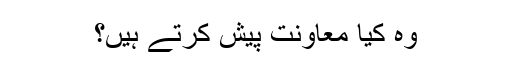
وہ کیا معاونت پیش کرتے ہیں؟